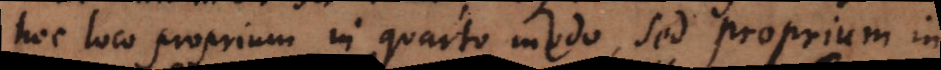
hoc loco proprium in quarto modo, sed proprium in